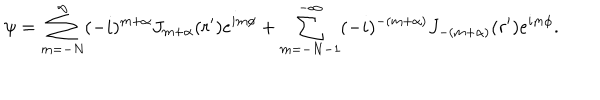
\psi = \sum _ { m = - N } ^ { \infty } ( - i ) ^ { m + \alpha } J _ { m + \alpha } ( r ^ { \prime } ) e ^ { i m \phi } + \sum _ { m = - N - 1 } ^ { - \infty } ( - i ) ^ { - ( m + \alpha ) } J _ { - ( m + \alpha ) } ( r ^ { \prime } ) e ^ { i m \phi } .